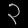
Digit: ၃